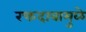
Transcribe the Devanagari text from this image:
रक्तदाबामुळे